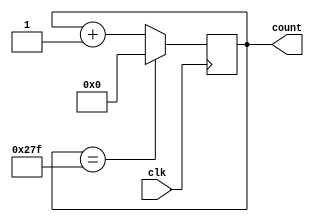
`timescale 1ns / 1ps
//////////////////////////////////////////////////////////////////////////////////
// Company: 
// Engineer: 
// 
// Design Name: 
// Module Name: TestWave_Gen
// Project Name: 
// Target Devices: 
// Tool Versions: 
// Description: 
// 
// Dependencies: 
// 
// Revision:
// Revision 0.01 - File Created
// Additional Comments:
// 
//////////////////////////////////////////////////////////////////////////////////


module TestWave_Gen(
    input clk,
    output reg [9:0] count = 0
    );
    
    always @ (posedge clk)
    begin
    count <= (count == 639) ? 0 : count + 1;
    end
endmodule